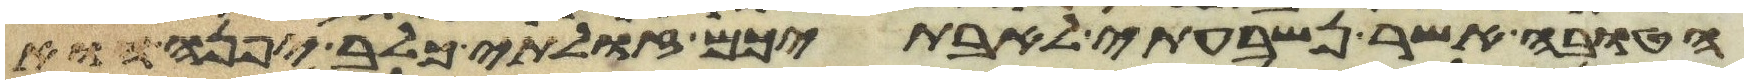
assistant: הטובה אשר נשבעתי לאבתיכם זולתי כלב בן יפנה הוא